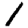
Digit: 1